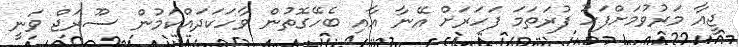
ޖީއާ މަރުވުމަށްފަހު ފުރަތަމަ ފަހަރަށް އޭނާ އާއި ބެހޭގޮތުން ވާހަކަދައްކަމުން ސޫރަޖް ވަނީ